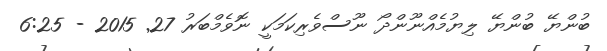
ބުންޔޭ ބުންޔޭ ލިޔުމެއްނޫންދޯ ނޫސްވެރިކަމަކީ ނޮވެމްބަރު 27